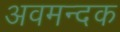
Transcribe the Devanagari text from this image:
अवमन्दक